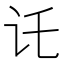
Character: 讬